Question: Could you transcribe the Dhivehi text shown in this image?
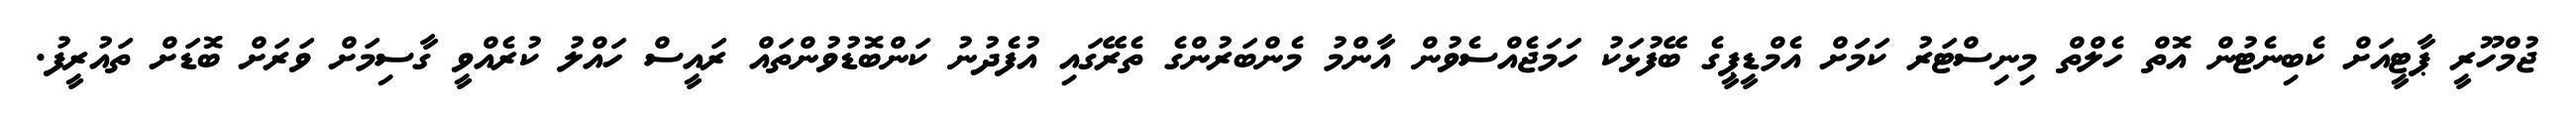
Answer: ޖުމްހޫރީ ޕާޓީއަށް ކެބިނެޓުން އޮތް ހެލްތް މިނިސްޓަރު ކަމަަށް އެމްޑީޕީގެ ބޭފުޅަކު ހަމަޖެއްސެވުން އާންމު މެންބަރުންގެ ތެރޭގައި އުފެދުނު ކަންބޮޑުވުންތައް ރައީސް ހައްލު ކުރެއްވީ ގާސިމަށް ވަރަށް ބޮޑަށް ތައުރީފު.